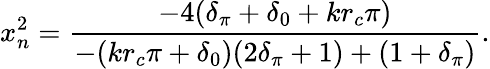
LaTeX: x_{n}^{2}=\frac{-4(\delta_{\pi}+\delta_{0}+kr_{c}\pi)}{-(kr_{c}\pi+\delta_{0})(2\delta_{\pi}+1)+(1+\delta_{\pi})}.